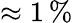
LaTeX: \approx 1\, \%